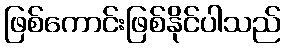
ဖြစ်ကောင်းဖြစ်နိုင်ပါသည်